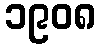
၁၉၀၈